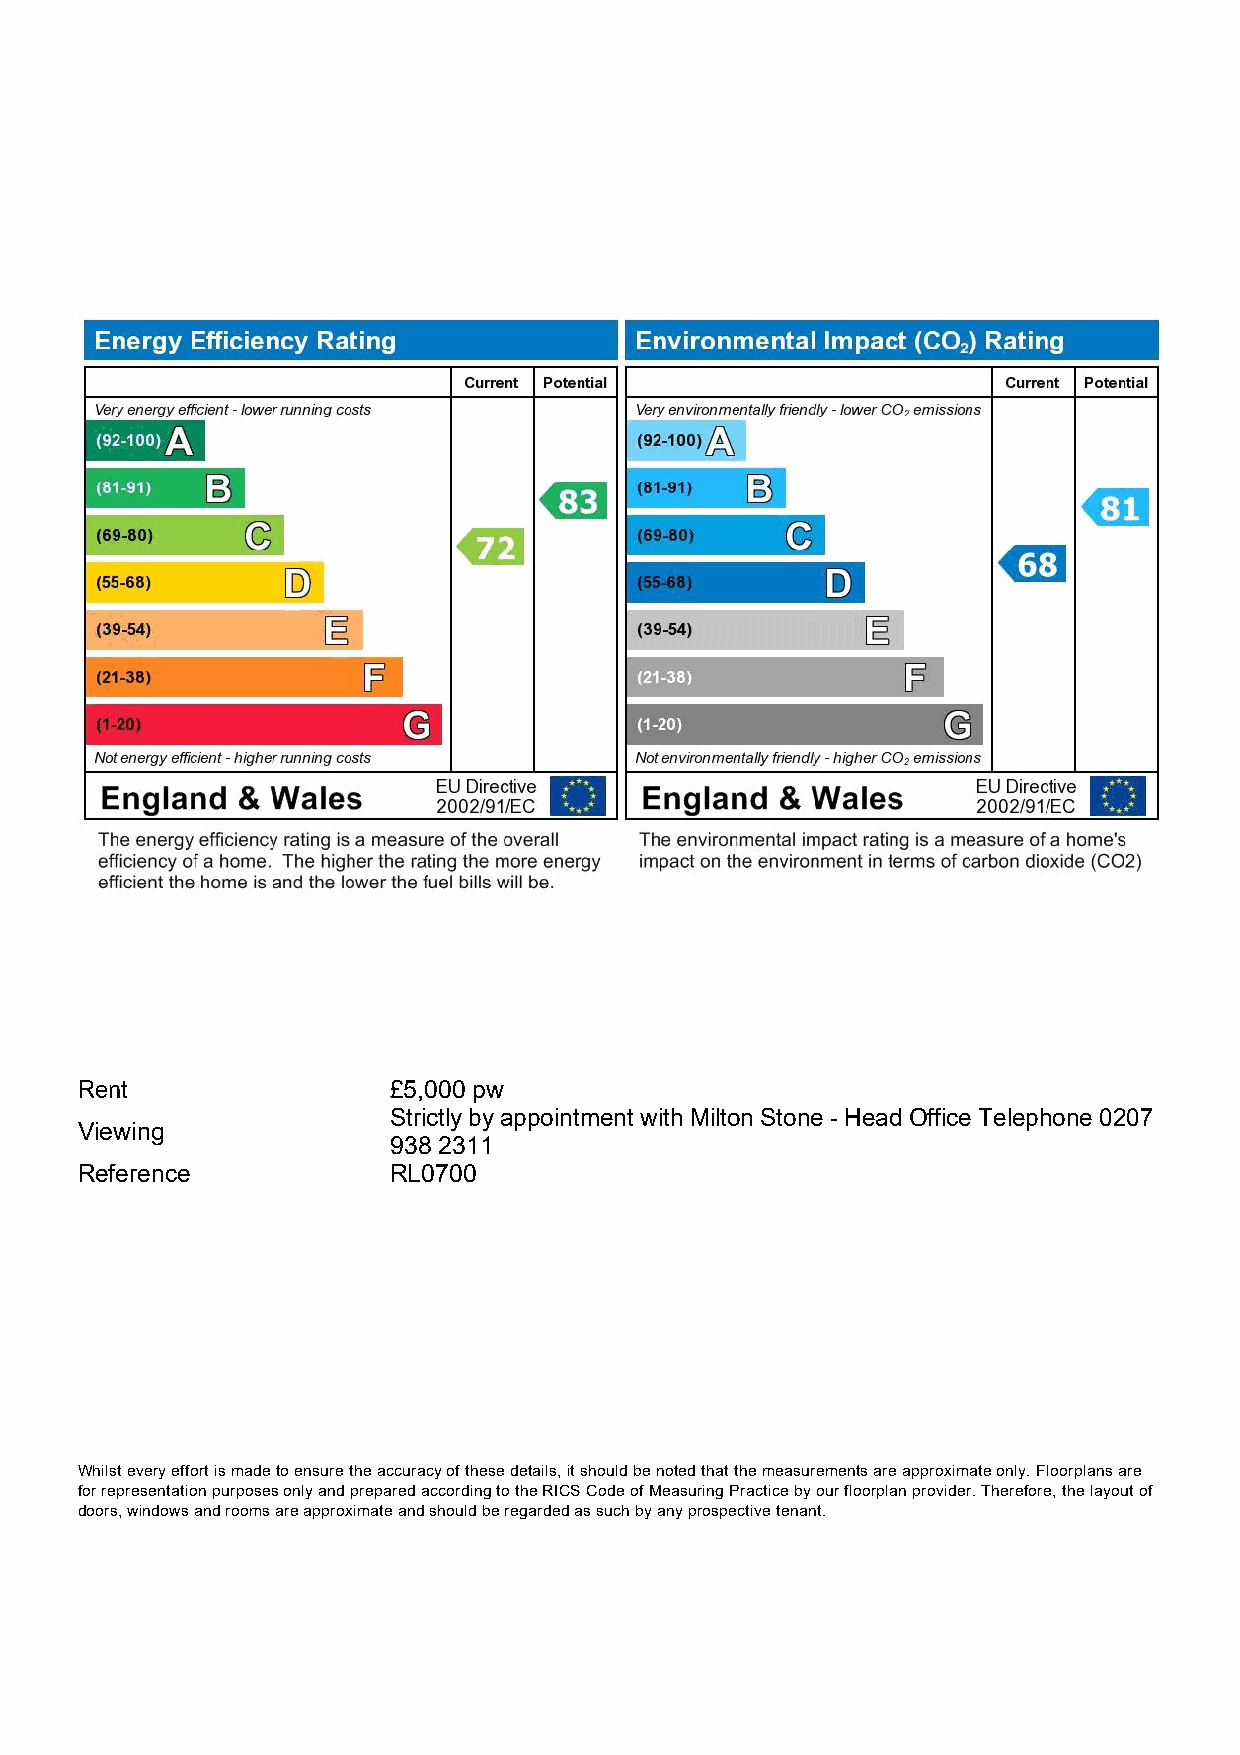
Rent                 £5,000 pw
 Strictly by appointment with Milton Stone - Head Office Telephone 0207
 Viewing
 938 2311
 Reference            RL0700
 Whilst every effort is made to ensure the accuracy of these details, it should be noted that the measurements are approximate only. Floorplans are
 for representation purposes only and prepared according to the RICS Code of Measuring Practice by our floorplan provider. Therefore, the layout of
 doors, windows and rooms are approximate and should be regarded as such by any prospective tenant.